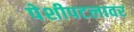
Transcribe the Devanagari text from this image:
पेशीपटलावर